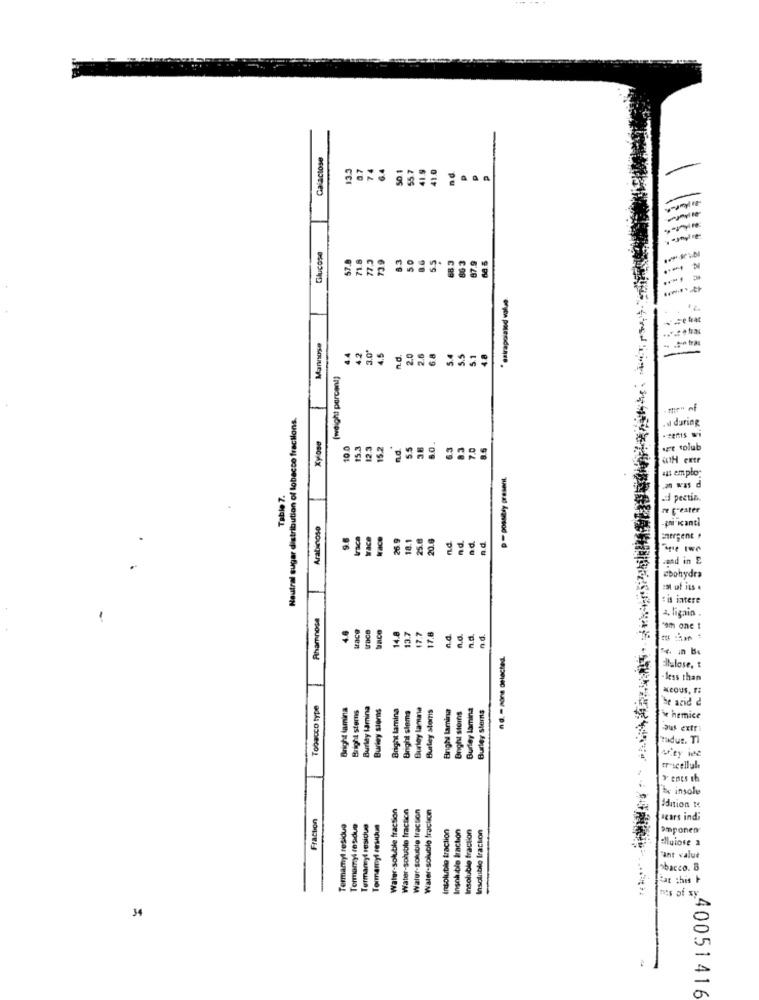
Galactose
13.3
0.7
74
6.4
50 1
55.7
41.9
41.0
nd
Glucose
57.8
71.8
739
83
50
5.5
68 3
80 3
87.9
Mannuse
3.0º
S.S
44
42
4.5
2.0
2.5
6.8
5.4
5.1
[weight porcand)
Neutral sugar distribution of tobacco fractions.
. M during
Xylose
10.0
15.3
12.3
15.2
n.d.
5.5
36
s.O.
6.3
8.3
7.0
8.5
være tolub
«1H extr
p- possibly present.
44 emplo
Table 7.
. was d
aid pectin.
a Greater
Arabinoso
-chi'icantl
9.6
raca
WACO
Irace
26 9
18.1
25.6
20.6
n.d.
nd.
nd.
nd
emergent
read in E
cbohydra
Es of its .
Fis intere
Rthamnose
4.8
17.8
2. ligain .
race
14.8
13.7
17.7
A.d.
Ao.
n.d.
n.d.
19th one t
nd. - pone delacted.
Ellalose, t
less than
Kcous, F
Toowoco type
Bright lamina
Bright stems
Burley Lamina
Burley stors
Bright lamina
Bright sloma
Burley Lamasa
Builey Stors
Bnghi lamina
Burley lamina
Burley Stems
he acid 2
Bright stors
je hemice
auf extr
Hadus. Ti
trescellule
bx insolu
Water-solubile fraction
Water-soluble fraction
Water-soluble fraction
Water-soluble fraction
Fraction
Adition 1
Termamyl residue
Tormamyl residuo
Termamyl residue
insolutio traction
Insok ble traction
Insoluble fraction
Insoluble Iracion
aars indi
Pimponen
Hluiose a
ant valut
obacco. B
"at this F
34
40051416